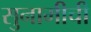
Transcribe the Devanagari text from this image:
सुनामीची